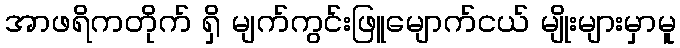
အာဖရိကတိုက် ရှိ မျက်ကွင်းဖြူမျောက်ငယ် မျိုးများမှာမူ